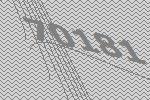
70181